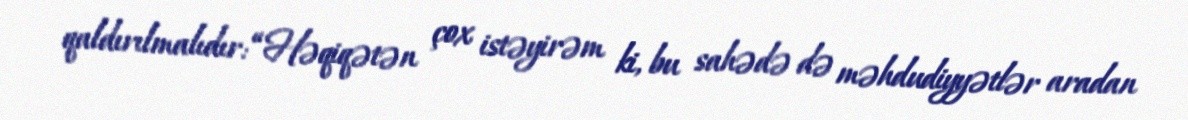
qaldırılmalıdır: “Həqiqətən çox istəyirəm ki, bu sahədə də məhdudiyyətlər aradan